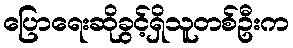
ပြောရေးဆိုခွင့်ရှိသူတစ်ဦးက